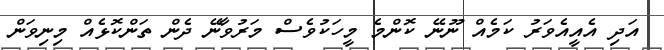
އަދި އެއީއެވަރު ކަމެއް ނޫނޭ ކޮންމެ މީހަކުވެސް މަރުވާނޭ ދެން ތަންކޮޅެއް މިނިވަން